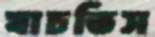
যাচতিস